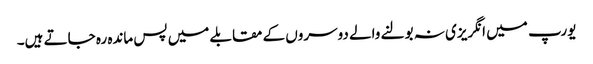
یورپ میں انگریزی نہ بولنے والے دوسروں کے مقابلے میں پس ماندہ رہ جاتے ہیں۔